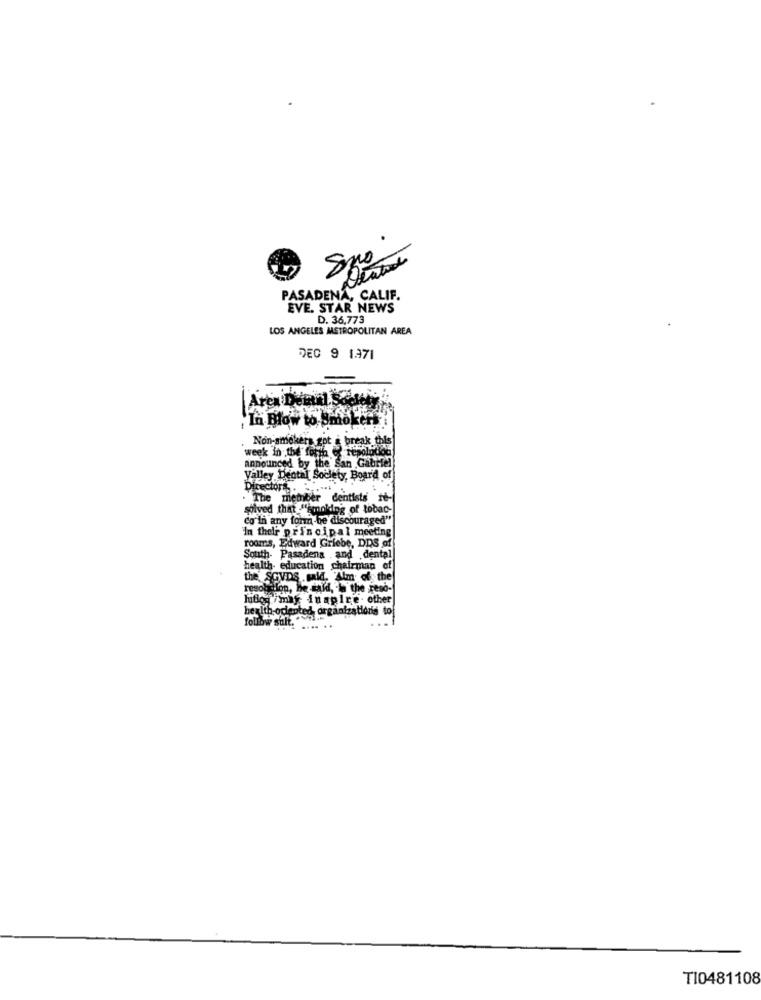
Dentro
PASADENA, CALIF.
EVE. STAR NEWS
D. 36,773
LOS ANGELES METROPOLITAN AREA
DEC 9 1971
In Blow to Smokers
Non-smokers got a break, this
week in the forth @ resolod
announced by the San Gabriel
Valley Dental Society, Board of
Directors . .......
The member dentists fe-
solved that "smaking of tobac-
co in any form be discouraged"
'In their principal meeting
rooms, Edward Griebe, DDS of
- Pasadena . and dental
health- education chairman of
the SGVDS .said. Alm of the
resolution, he said, in the reso-
hutigg /mag inapire. other
health-odented, organizationis to
.. ..
TI0481108